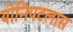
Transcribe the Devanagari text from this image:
योनिपटलास